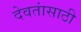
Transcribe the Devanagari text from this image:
देवतांसाठी